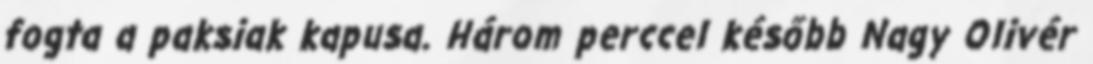
fogta a paksiak kapusa. Három perccel később Nagy Olivér